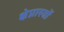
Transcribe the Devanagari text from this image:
क्षेप्नास्त्रों